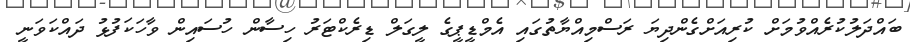
ބައްދަލުކުރެއްވުމަށް ކުރިއަށްގެންދިޔަ ރަސްމިއްޔާތުގައި އެމްޑީޕީގެ ލީގަލް ޑިރެކްޓަރު ހިސާން ހުސައިން ވާހަކަފުޅު ދައްކަވަނީ